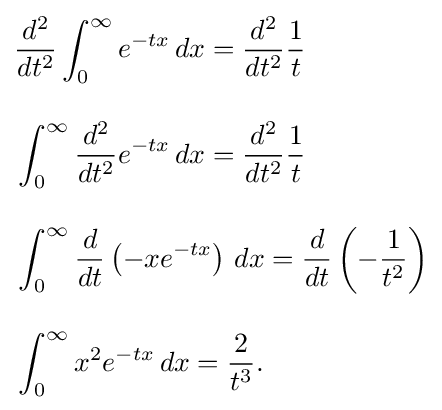
{\begin{aligned}&{\frac {d^{2}}{dt^{2}}}\int _{0}^{\infty }e^{-tx}\,dx={\frac {d^{2}}{dt^{2}}}{\frac {1}{t}}\\[10pt]&\int _{0}^{\infty }{\frac {d^{2}}{dt^{2}}}e^{-tx}\,dx={\frac {d^{2}}{dt^{2}}}{\frac {1}{t}}\\[10pt]&\int _{0}^{\infty }{\frac {d}{dt}}\left(-xe^{-tx}\right)\,dx={\frac {d}{dt}}\left(-{\frac {1}{t^{2}}}\right)\\[10pt]&\int _{0}^{\infty }x^{2}e^{-tx}\,dx={\frac {2}{t^{3}}}.\end{aligned}}